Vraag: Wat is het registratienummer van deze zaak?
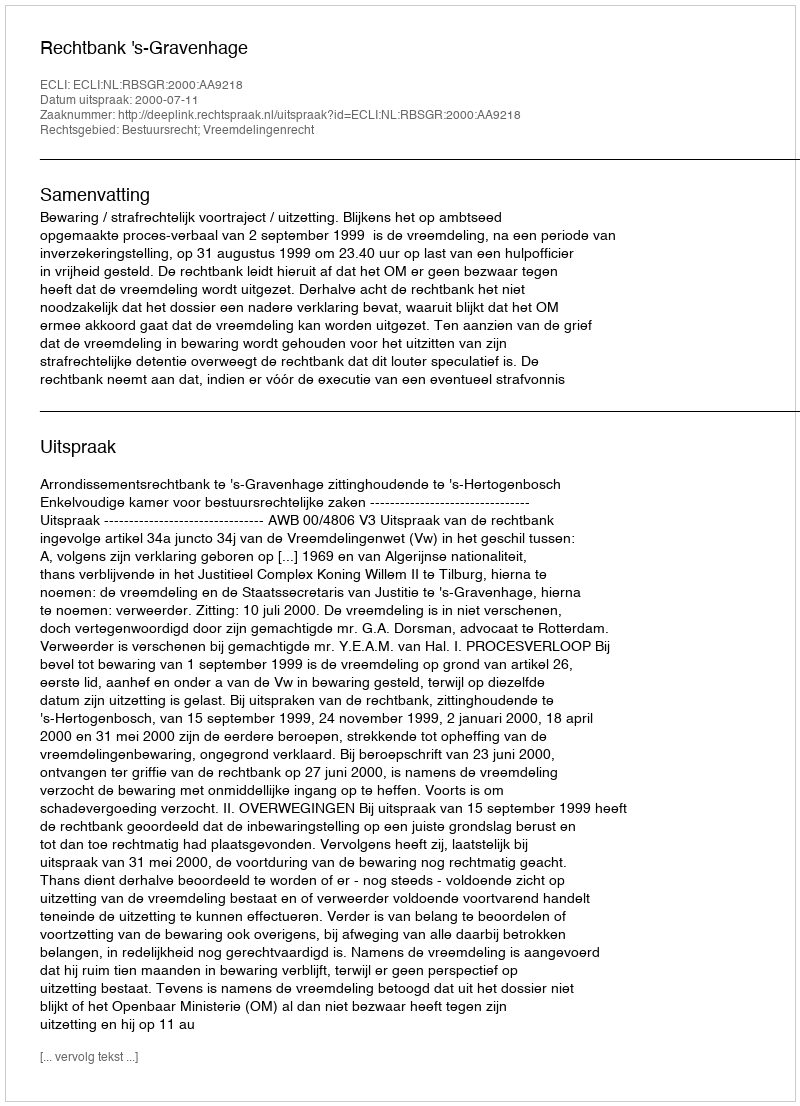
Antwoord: http://deeplink.rechtspraak.nl/uitspraak?id=ECLI:NL:RBSGR:2000:AA9218